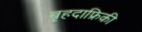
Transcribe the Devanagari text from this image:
बृहदाफ्रिकी